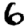
Digit: 6